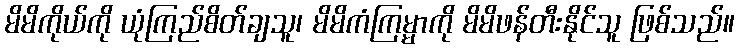
မိမိကိုယ်ကို ယုံကြည်စိတ်ချသူ၊ မိမိကံကြမ္မာကို မိမိဖန်တီးနိုင်သူ ဖြစ်သည်။